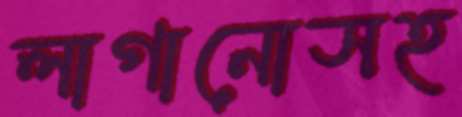
লাগানোসহ